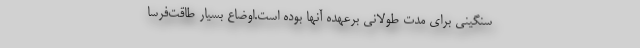
سنگینی برای مدت طولانی برعهده آنها بوده است.اوضاع بسیار طاقت‌فرسا